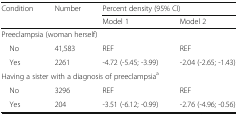
<table><thead><tr><td rowspan="2"><b>Condition</b></td><td rowspan="2"><b>Number</b></td><td colspan="2"><b>Percent density (95% CI)</b></td></tr><tr><td><b>Model 1</b></td><td><b>Model 2</b></td></tr></thead><tbody><tr><td colspan="4">Preeclampsia (woman herself)</td></tr><tr><td> No</td><td>41,583</td><td>REF</td><td>REF</td></tr><tr><td> Yes</td><td>2261</td><td>-4.72 (-5.45; -3.99)</td><td>-2.04 (-2.65; -1.43)</td></tr><tr><td colspan="4">Having a sister with a diagnosis of preeclampsia<sup>a</sup></td></tr><tr><td> No</td><td>3296</td><td>REF</td><td>REF</td></tr><tr><td> Yes</td><td>204</td><td>-3.51 (-6.12; -0.99)</td><td>-2.76 (-4.96; -0.56)</td></tr></tbody></table>